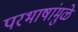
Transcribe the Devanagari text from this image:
परभाषांमुळे